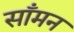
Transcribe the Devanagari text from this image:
साँमन